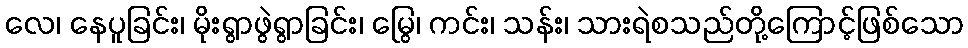
လေ၊ နေပူခြင်း၊ မိုးရွာဖွဲရွာခြင်း၊ မြွေ၊ ကင်း၊ သန်း၊ သားရဲစသည်တို့ကြောင့်ဖြစ်သော